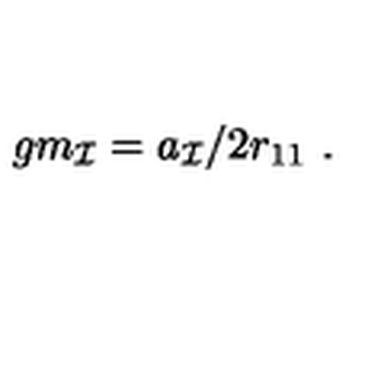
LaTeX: g m _ { \cal I } = a _ { \cal I } / 2 r _ { 1 1 } \ .